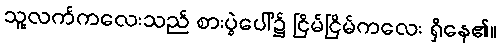
သူ့လက်ကလေးသည် စားပွဲပေါ်၌ ငြိမ်ငြိမ်ကလေး ရှိနေ၏။